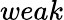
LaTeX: weak